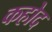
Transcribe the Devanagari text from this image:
कहोद